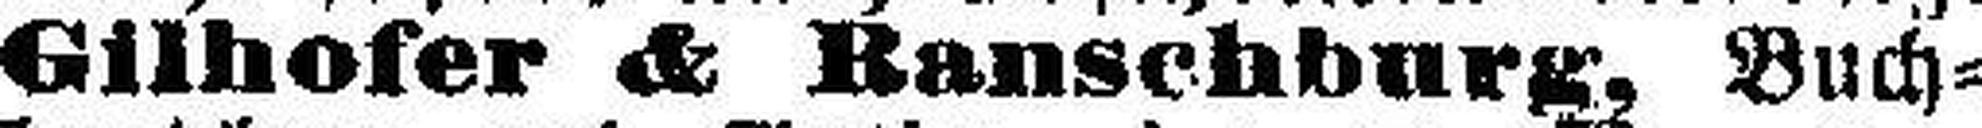
Gilhofer & Ranschburg, Buch¬